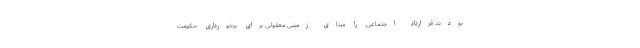
بودند، قرارداد اجتماعی را مبنای زمینیِ معقولی برای برخورداری حکومت